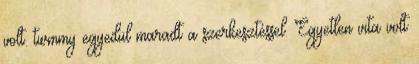
volt. twmmy egyedül maradt a szerkesztéssel. Egyetlen vita volt